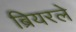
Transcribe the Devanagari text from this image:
ब्रियरले